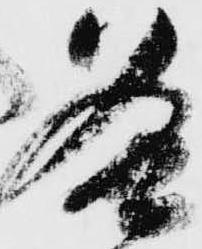
各